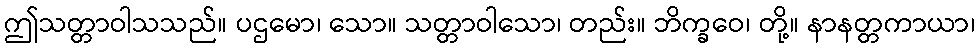
ဤသတ္တာဝါသသည်။ ပဌမော၊ သော။ သတ္တာဝါသော၊ တည်း။ ဘိက္ခဝေ၊ တို့။ နာနတ္တကာယာ၊